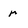
Character: r